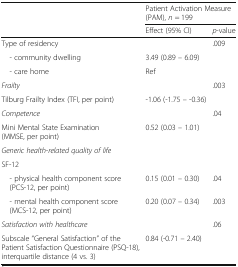
|  | <COLSPAN=2> Patient Activation Measure (PAM), n = 199 |
 |  | Effect (95% CI) | p-value |
 | --- | --- | --- |
 | Type of residency |  | <ROWSPAN=3> .009 |
 | - community dwelling | 3.49 (0.89 – 6.09) |
 | - care home | Ref |
 | Frailty |  | <ROWSPAN=2> .003 |
 | Tilburg Frailty Index (TFI, per point) | -1.06 (-1.75 – -0.36) |
 | Competence |  | <ROWSPAN=2> .04 |
 | Mini Mental State Examination (MMSE, per point) | 0.52 (0.03 – 1.01) |
 | <COLSPAN=3> Generic health-related quality of life |
 | <COLSPAN=3> SF-12 |
 | - physical health component score (PCS-12, per point) | 0.15 (0.01 – 0.30) | .04 |
 | - mental health component score (MCS-12, per point) | 0.20 (0.07 – 0.34) | .003 |
 | Satisfaction with healthcare |  | <ROWSPAN=2> .06 |
 | Subscale “General Satisfaction” of the Patient Satisfaction Questionnaire (PSQ-18), interquartile distance (4 vs. 3) | 0.84 (-0.71 – 2.40) |